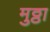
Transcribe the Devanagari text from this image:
मुठ्ठा